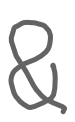
Text: &
Cross-out: clean
Writing tool: digital_gray